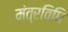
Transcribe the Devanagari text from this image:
मंत्रविधि